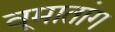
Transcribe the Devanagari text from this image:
वूमातांग